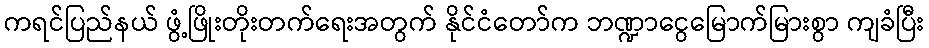
ကရင်ပြည်နယ် ဖွံ့ဖြိုးတိုးတက်ရေးအတွက် နိုင်ငံတော်က ဘဏ္ဍာငွေမြောက်မြားစွာ ကျခံပြီး